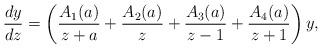
LaTeX: \begin{gather*}\frac{dy}{dz}=\left(\frac{A_1(a)}{z+a}+\frac{A_2(a)}{z}+\frac{A_3(a)}{z-1}+\frac{A_4(a)}{z+1} \right) y,\end{gather*}